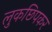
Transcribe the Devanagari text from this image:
लुकछिपकर